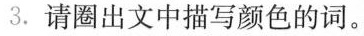
3.请圈出文中描写颜色的词。